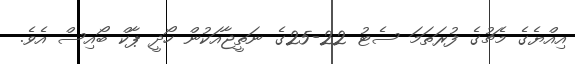
އިއްޔެގެ މެޗުގެ ފުރަތަމަ ސެޓު 22-25ގެ ނަތީޖާއަކުން ހޯދީ ޕާކް ބޯއިސް އެވެ.